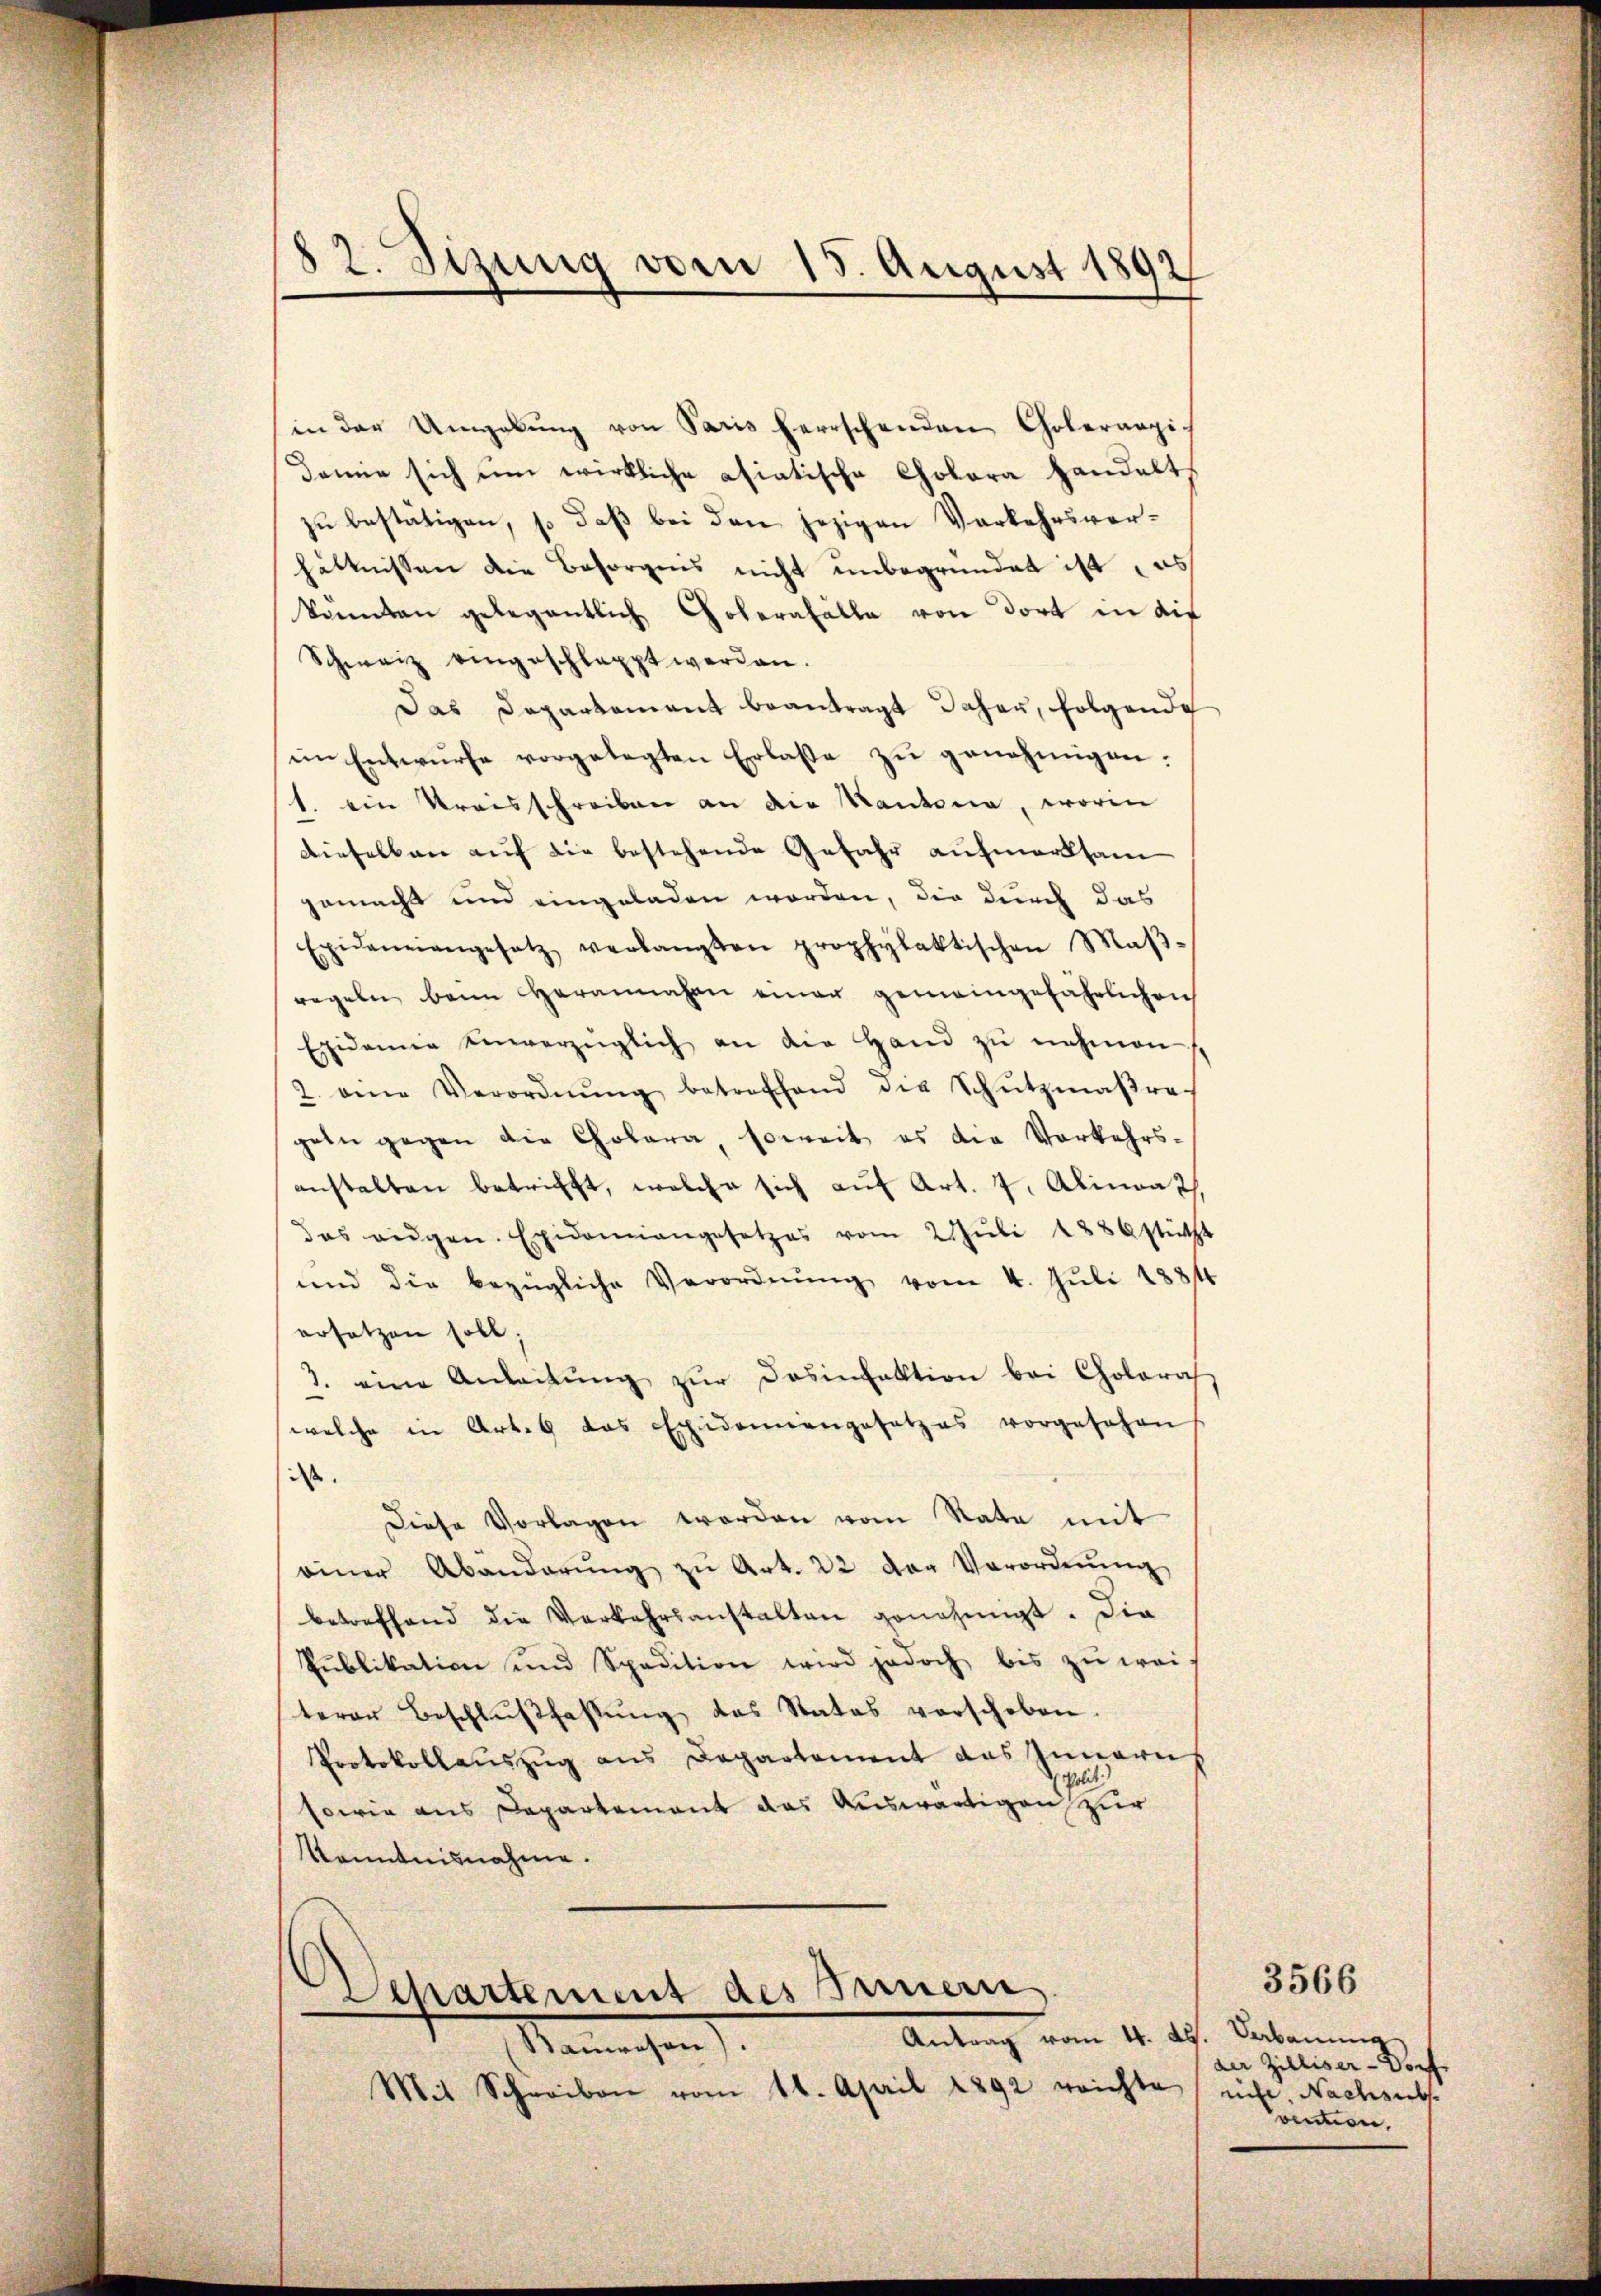
in der Umgabŭng von Paris herrschenden Golerarzi.
demie sich um wirkliche asiatische Cholera handelt,
zu bestätigen, so daß bei den jezigen Verkehrsverhältnissen die Besorgnis nicht unbegründet ist as
konnten gelegentlich Colerabfälle von dort in dif
Schweiz eingeschlappt werden.
Das Departement beantragt daher, folgende
im Entwurfe vorgelegten Erlasse zu genehmigen.
1. ein Kreisschreiben an die Kantona, worin
dieselben auf die bestehende Gefahr aufmerksam
gemacht und eingeladen worden, die durch das
Epidemeiangesetz verlangten prophylaktischen Maβ-
regeln beim Herannahen einer gemeingefährlichen
Epidemie einverzüglich an die Hand zŭ nehmen.
2. eine Verordnŭng betreffend die Schŭtzmaβra-
geln gegen die Cholera, soweit es die Vorkehrs-
anstalten betrifft, welche sich auf Art. 7. Alinas,
das aŭgen Epidemiangesetzes vom 2. Jŭli 1886 stützt
und die bezügliche Verordnŭng vom 4. Juli 1881
ersetzen soll;
3. eine Anleitŭng zŭr dasinfektion bei Colora
welche in Art. 6 das Exidemiengesetzes vorgesehen
iss.
Diese Vorlagen worden vom Rate mit
einer Abänderŭng zŭ Art. 22 der Verordnŭng
betreffend die Verkehrsanstalten genehmigt. Die
Pŭblikation und Spedition wird jedoch bis zŭ wei-
terer Beschlußfassung das Statos verschoben.
Protokollaŭszŭg ans Departement das Innern
sowie aus Departement das Auswärtigen zur
Kenntnisnahme.
Departement des Innern
Antrag vom 4. ds. Verbauung
Nanrechen
Mit Schreiben vom 16. April 1892 reichte nicht. Nachsucht

12. Sizung vom 15. August 1892

der Zilliser-Dorf
onmen,

3566